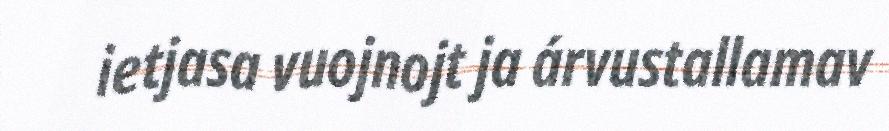
ietjasa vuojnojt ja árvustallamav